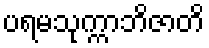
ပရမသုက္ကာဘိဇာတိ